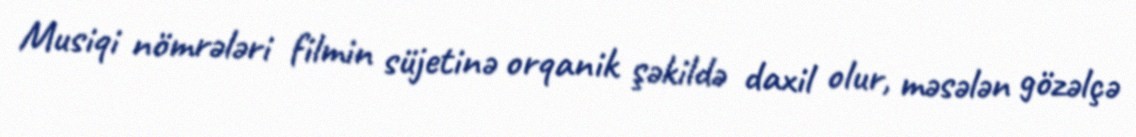
Musiqi nömrələri filmin süjetinə orqanik şəkildə daxil olur, məsələn gözəlçə